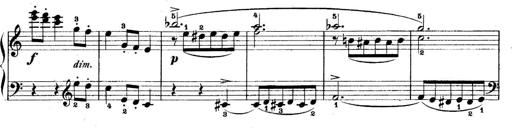
Title: 5 Sonatinas
Composer: Theodor Kirchner